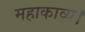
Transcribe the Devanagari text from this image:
महाकाव्य।